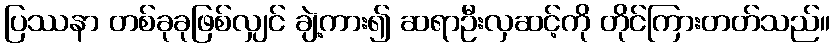
ပြဿနာ တစ်ခုခုဖြစ်လျှင် ချဲ့ကား၍ ဆရာဦးလှဆင့်ကို တိုင်ကြားတတ်သည်။